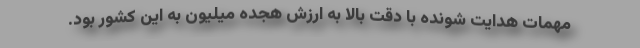
مهمات هدایت شونده با دقت بالا به ارزش هجده میلیون به این کشور بود.